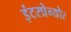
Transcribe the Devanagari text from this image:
इंटरप्रेन्योर